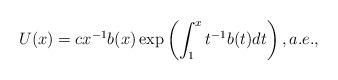
LaTeX: \begin{align*}U(x)=cx^{-1}b(x)\exp \left( \int_{1}^{x}t^{-1}b(t)dt\right), a.e., \end{align*}